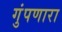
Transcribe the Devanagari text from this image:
गुंपणारा